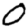
Digit: 0